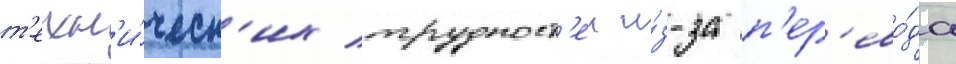
т'ехн'и́ческ'их трудност'еи и́з-за п'ер'ево́да